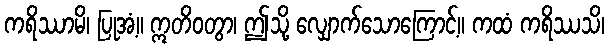
ကရိဿာမိ၊ ပြုအံ့။ ဣတိဝတွာ၊ ဤသို့ လျှောက်သောကြောင့်။ ကထံ ကရိဿသိ၊